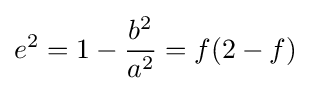
e^{2}=1-{\frac {b^{2}}{a^{2}}}=f(2-f)